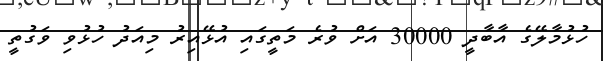
ހުޅުމާލޭގެ އާބާދީ 30000 އަށް ވުރެ މަތީގައި އުޅޭއިރު މިއަދު ހުޅުވި ވަގުތީ